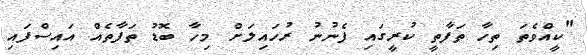
"ކީއްވެތަ ތިހާ ތަފާތީ ކުރީގައި ފެނުނު ރުހައިލަށް މިހާ ބޮޑު ތަފާތެއް އައިސްފައި